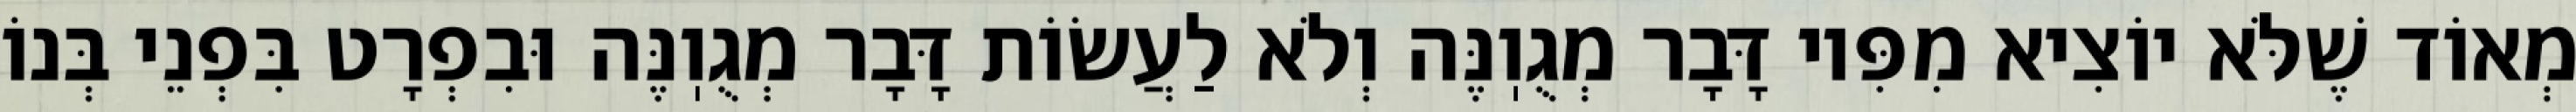
מְאוֹד שֶׁלֹּא יוֹצִיא מִפִּיו דָּבָר מְגֻוֽנֶּה וְלֹא לַעֲשׂוֹת דָּבָר מְגֻוֽנֶּה וּבִפְרָט בִּפְנֵי בְּנוֹ